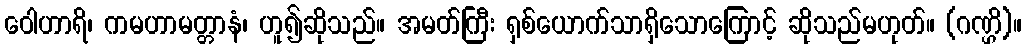
ဝေါဟာရိ၊ ကမဟာမတ္တာနံ၊ ဟူ၍ဆိုသည်။ အမတ်ကြီး ရှစ်ယောက်သာရှိသောကြောင့် ဆိုသည်မဟုတ်။ (ဂဏ္ဌိ)။